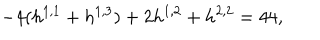
- 4 ( h ^ { 1 , 1 } + h ^ { 1 , 3 } ) + 2 h ^ { 1 , 2 } + h ^ { 2 , 2 } = 4 4 ,